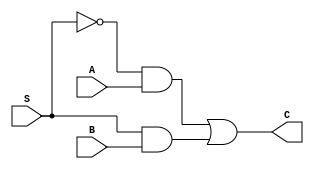
/*******************************************************************
*
* Module: mux.v
*
**********************************************************************/
module mux(input A, input B, input S, output C);
    assign C = (~S & A) | (S & B);
endmodule